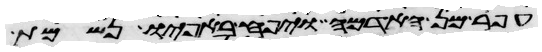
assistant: עפר מן האדמה ויפח באפיו נשמת